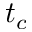
t _ { c }